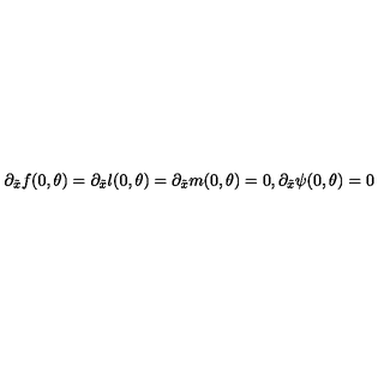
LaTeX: \partial _ { \tilde { x } } f ( 0 , \theta ) = \partial _ { \tilde { x } } l ( 0 , \theta ) = \partial _ { \tilde { x } } m ( 0 , \theta ) = 0 , \partial _ { \tilde { x } } \psi ( 0 , \theta ) = 0